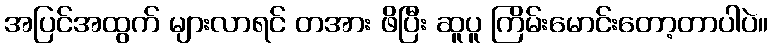
အပြင်အထွက် များလာရင် တအား ဖိပြီး ဆူပူ ကြိမ်းမောင်းတော့တာပါပဲ။